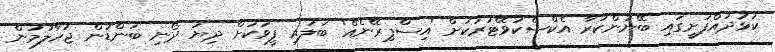
ކުޅުދުއްފުށީގައި ބޭނުންކުރާ އެކްސްކަވޭޓަރަކަށް 'އިސްޕިރޭނެއް' ބަލައި ފީވަކަށް ދިޔަ ދޯނި ބަންޑުން ޖަހާލުމުން